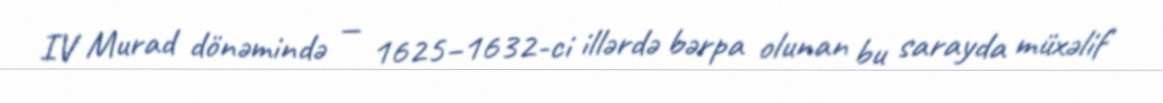
IV Murad dönəmində — 1625–1632-ci illərdə bərpa olunan bu sarayda müxəlif